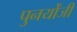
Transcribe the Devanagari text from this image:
पुनर्योंजी